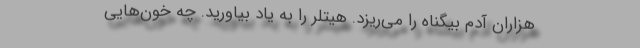
هزاران آدم بیگناه را می‌ریزد. هیتلر را به یاد بیاورید. چه خون‌هایی